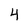
Character: 4